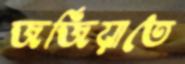
জর্জিয়াতে